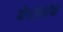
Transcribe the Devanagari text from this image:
वेदांतांक